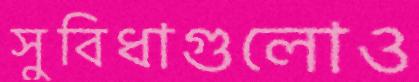
সুবিধাগুলোও